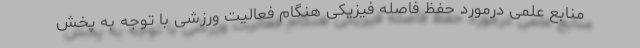
منابع علمی درمورد حفظ فاصله فیزیکی هنگام فعالیت ورزشی با توجه به پخش